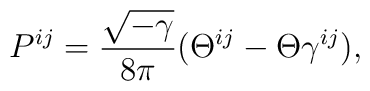
P^{ij}=\frac{\sqrt{-\gamma }}{8\pi }(\Theta ^{ij}-\Theta \gamma ^{ij}),